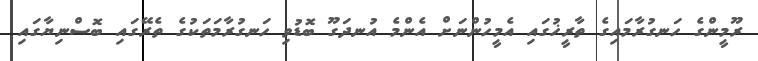
ރޫމީންގެ ހަނގުރާމައިގެ ތާރީޚުގައި އެމީހުންނަށް އެންމެ އުނދަގޫ ބޮޑުވި ހަނގުރާމަތަކުގެ ތެރޭގައި ބޮސްނިޔާގައި